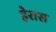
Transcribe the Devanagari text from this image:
हेरास